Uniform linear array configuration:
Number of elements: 4
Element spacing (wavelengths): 0.5
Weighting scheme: binomial
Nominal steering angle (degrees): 30
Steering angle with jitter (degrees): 30.208
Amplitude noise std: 0.05
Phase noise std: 0.05

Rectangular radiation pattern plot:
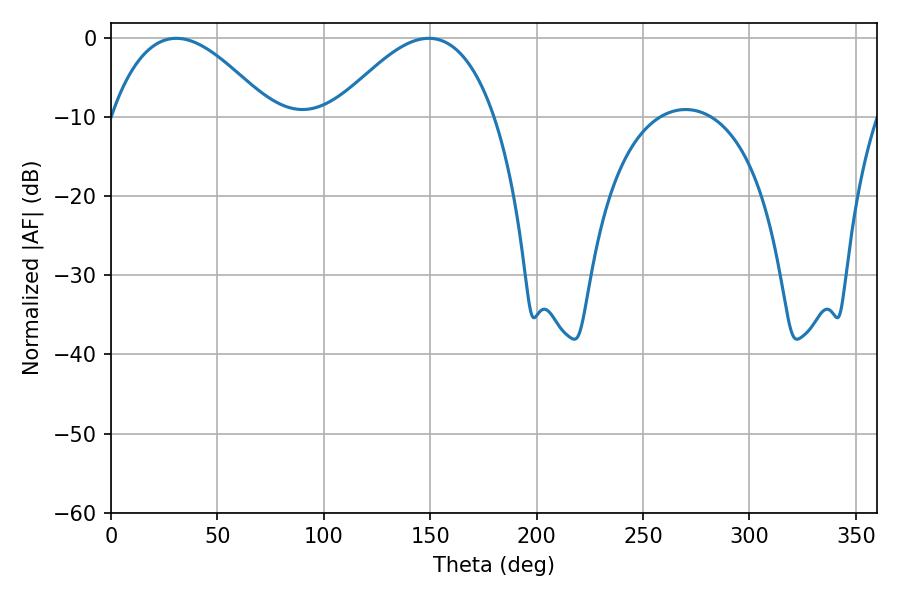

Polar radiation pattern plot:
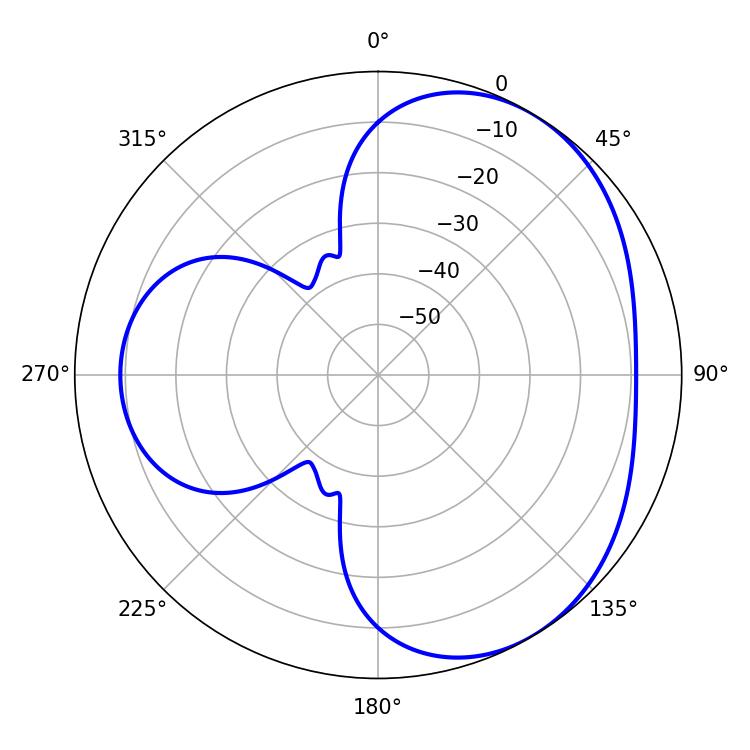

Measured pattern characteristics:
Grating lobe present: FALSE
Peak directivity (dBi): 3.926
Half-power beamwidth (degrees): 40.86
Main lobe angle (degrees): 30.6